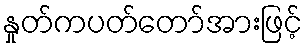
နှုတ်ကပတ်တော်အားဖြင့်